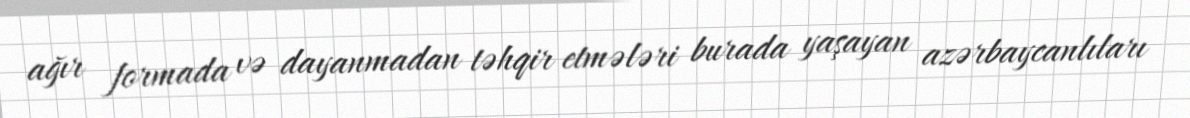
ağır formada və dayanmadan təhqir etmələri burada yaşayan azərbaycanlıları